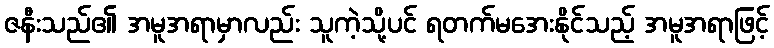
ဇနီးသည်၏ အမူအရာမှာလည်း သူကဲ့သို့ပင် ရတက်မအေးနိုင်သည့် အမူအရာဖြင့်